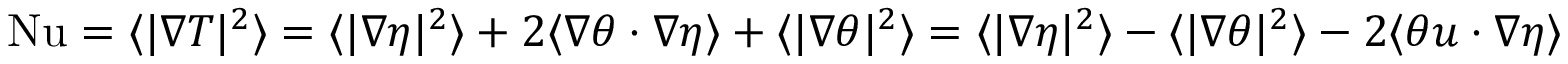
\begin{array} { r } { \mathrm { { N u } } = \langle | \nabla T | ^ { 2 } \rangle = \langle | \nabla \eta | ^ { 2 } \rangle + 2 \langle \nabla \theta \cdot \nabla \eta \rangle + \langle | \nabla \theta | ^ { 2 } \rangle = \langle | \nabla \eta | ^ { 2 } \rangle - \langle | \nabla \theta | ^ { 2 } \rangle - 2 \langle \theta u \cdot \nabla \eta \rangle } \end{array}